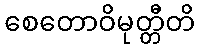
စေတောဝိမုတ္တီတိ